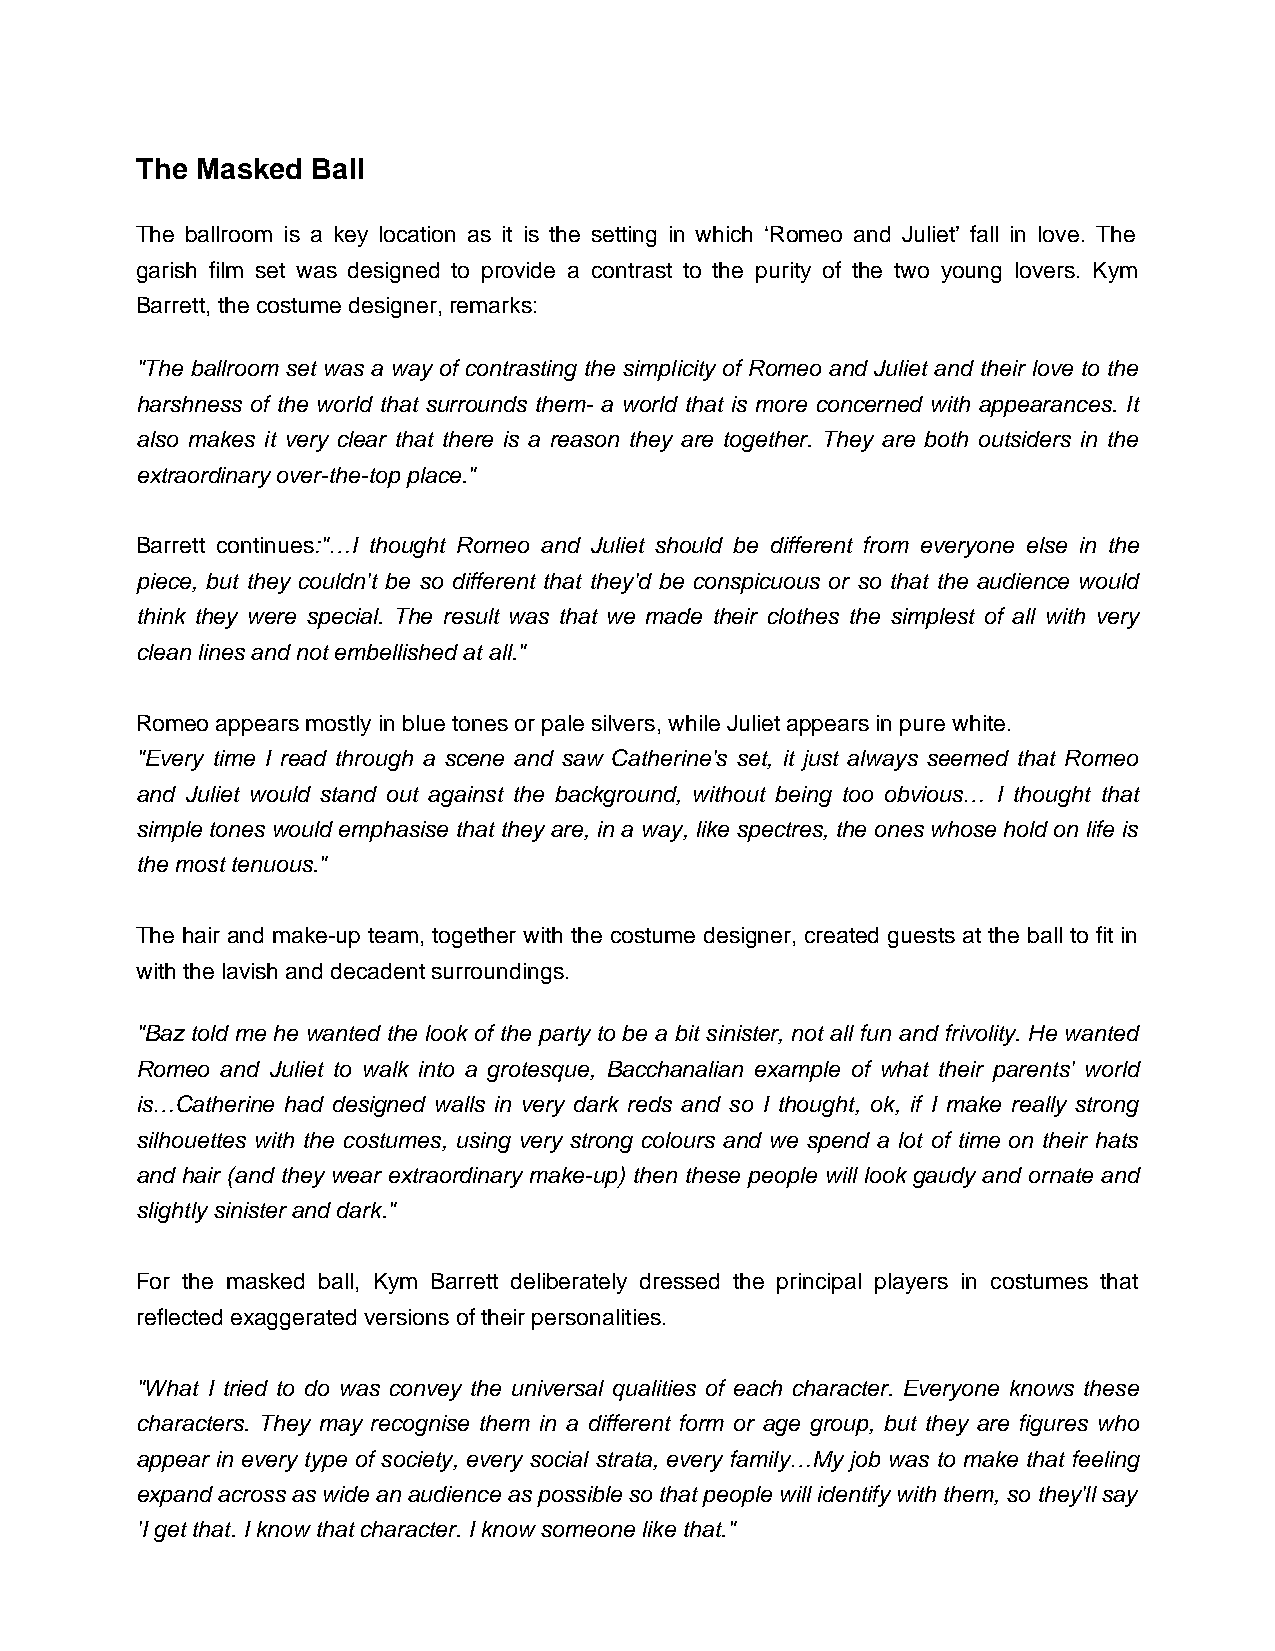
The Masked  Ball
 The ballroom is a key location as it is the setting in which ‘Romeo and Juliet’ fall in love. The
 garish film set was designed to provide a contrast to the purity of the two young lovers. Kym
 Barrett, the costume designer, remarks:
 "The ballroom set was a way of contrasting the simplicity of Romeo and Juliet and their love to the
 harshness of the world that surrounds them- a world that is more concerned with appearances. It
 also makes it very clear that there is a reason they are together. They are both outsiders in the
 extraordinary over-the-top place."
 Barrett continues:"…I thought Romeo and Juliet should be different from everyone else in the
 piece, but they couldn't be so different that they'd be conspicuous or so that the audience would
 think they were special. The result was that we made their clothes the simplest of all with very
 clean lines and not embellished at all."
 Romeo appears mostly in blue tones or pale silvers, while Juliet appears in pure white.
 "Every time I read through a scene and saw Catherine's set, it just always seemed that Romeo
 and Juliet would stand out against the background, without being too obvious… I thought that
 simple tones would emphasise that they are, in a way, like spectres, the ones whose hold on life is
 the most tenuous."
 The hair and make-up team, together with the costume designer, created guests at the ball to fit in
 with the lavish and decadent surroundings.
 "Baz told me he wanted the look of the party to be a bit sinister, not all fun and frivolity. He wanted
 Romeo and Juliet to walk into a grotesque, Bacchanalian example of what their parents' world
 is…Catherine had designed walls in very dark reds and so I thought, ok, if I make really strong
 silhouettes with the costumes, using very strong colours and we spend a lot of time on their hats
 and hair (and they wear extraordinary make-up) then these people will look gaudy and ornate and
 slightly sinister and dark."
 For the masked ball, Kym Barrett deliberately dressed the principal players in costumes that
 reflected exaggerated versions of their personalities.
 "What I tried to do was convey the universal qualities of each character. Everyone knows these
 characters. They may recognise them in a different form or age group, but they are figures who
 appear in every type of society, every social strata, every family…My job was to make that feeling
 expand across as wide an audience as possible so that people will identify with them, so they'll say
 'I get that. I know that character. I know someone like that."